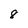
Character: 8